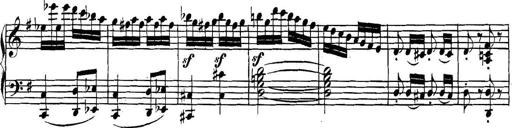
Title: Collected Piano Sonatas
Composer: Muzio Clementi